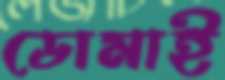
ডোমাই